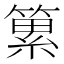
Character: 䉂